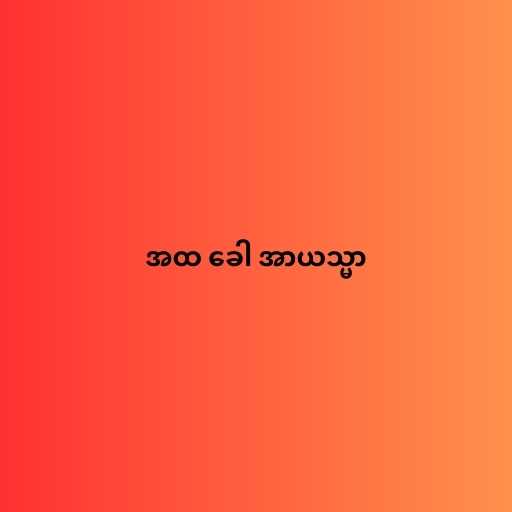
အထ ခေါ အာယသ္မာ